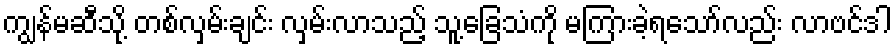
ကျွန်မဆီသို့ တစ်လှမ်းချင်း လှမ်းလာသည့် သူ့ခြေသံကို မကြားခဲ့ရသော်လည်း လာဗင်ဒါ